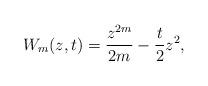
LaTeX: \begin{align*}W_{m}(z,t)= \frac{z^{2m}}{2m}-\frac{t}{2} z^2,\end{align*}